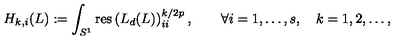
H _ { k , i } ( L ) : = \int _ { S ^ { 1 } } \mathrm { r e s } \left( L _ { d } ( L ) \right) _ { i i } ^ { k / { 2 p } } , \qquad \forall i = 1 , \ldots , s , \quad k = 1 , 2 , \dots ,